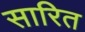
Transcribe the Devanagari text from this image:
सारित